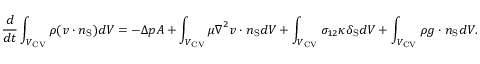
\frac { d } { d t } \int _ { { V _ { \mathrm { { C V } } } } } \rho ( \boldsymbol { v } \cdot \boldsymbol { n } _ { \mathrm { S } } ) d V = - \Delta p A + \int _ { { V _ { \mathrm { { C V } } } } } \mu \boldsymbol { \nabla } ^ { 2 } \boldsymbol { v } \cdot \boldsymbol { n } _ { \mathrm { S } } d V + \int _ { { V _ { \mathrm { { C V } } } } } \sigma _ { 1 2 } \kappa \delta _ { \mathrm { S } } d V + \int _ { { V _ { \mathrm { { C V } } } } } \rho \boldsymbol { g } \cdot \boldsymbol { n } _ { \mathrm { S } } d V .